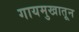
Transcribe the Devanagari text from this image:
गायमुखातून